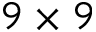
9 \times 9